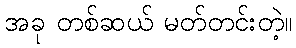
အခု တစ်ဆယ် မတ်တင်းတဲ့။